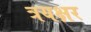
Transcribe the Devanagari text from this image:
त्रयक्षर